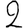
Digit: 2